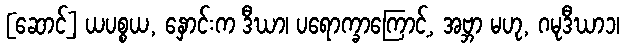
[ဆောင်] ယပစ္စယ, နှောင်းက ဒီဃာ၊ ပရောက္ခာကြောင့်, အဗ္ဘာ မဟု, ဂမုဒီဃာ၁၊